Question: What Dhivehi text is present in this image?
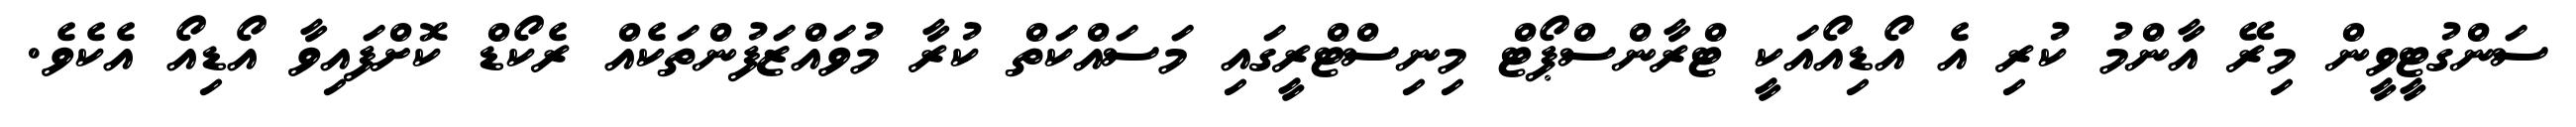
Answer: ސަންގުޓީވީން މިރޭ އާންމު ކުރި އެ އޯޑިއޯއަކީ ޓްރާންސްޕޯޓް މިނިސްޓްރީގައި މަސައްކަތް ކުރާ މުވައްޒަފުންތަކެއް ރެކޯޑް ކޮށްފައިވާ އޯޑިއޯ އެކެވެ.